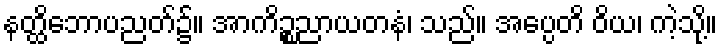
နတ္ထိဘောပညတ်၌။ အာကိဉ္စညာယတနံ၊ သည်။ အပ္ပေတိ ဝိယ၊ ကဲ့သို့။